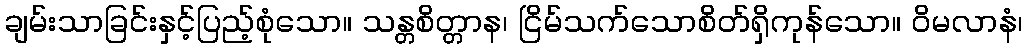
ချမ်းသာခြင်းနှင့်ပြည့်စုံသော။ သန္တစိတ္တာန၊ ငြိမ်သက်သောစိတ်ရှိကုန်သော။ ဝိမလာနံ၊